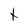
Character: t